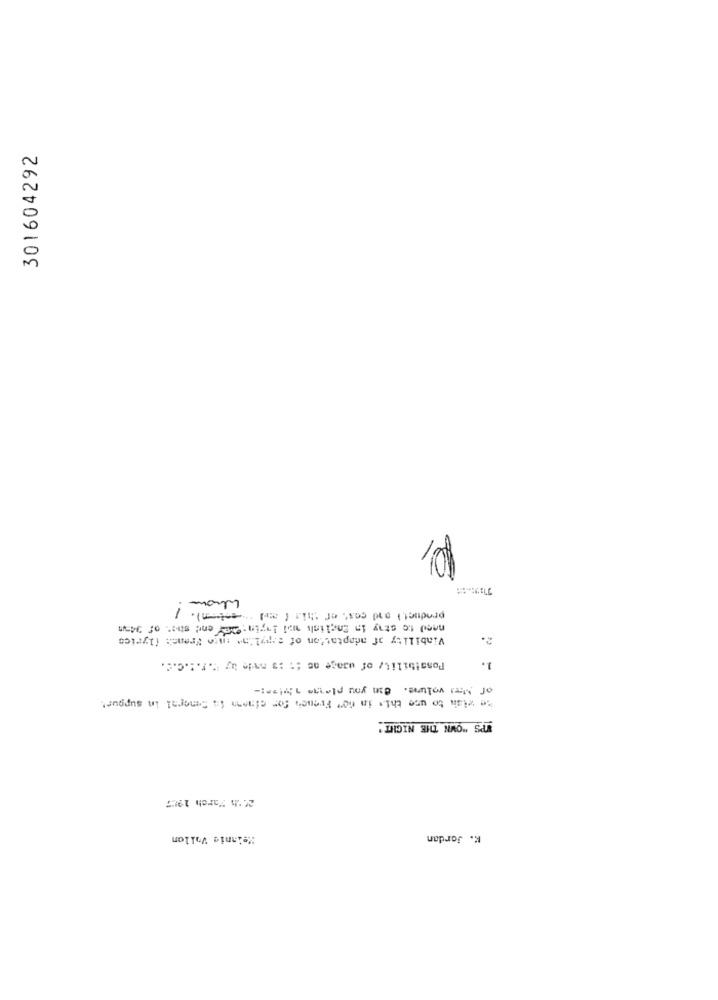
301604292
Whom.
product ) and cost of this ( me)) )
need to stay in English wi Iwin ; Ce end shet of 34
Viability of adaptation of anylia- mate French (lyrics
Possibility of usage as :: : 3 made ay ".f .:. C.c.
1.
of Mars volume. Bin you plama ily!"" :-
to wish to use this in no" French for clases in General in support
YPS "OWN THE NIGHT"
2.th March 1997
Meinnie Vollon
K. Jordan